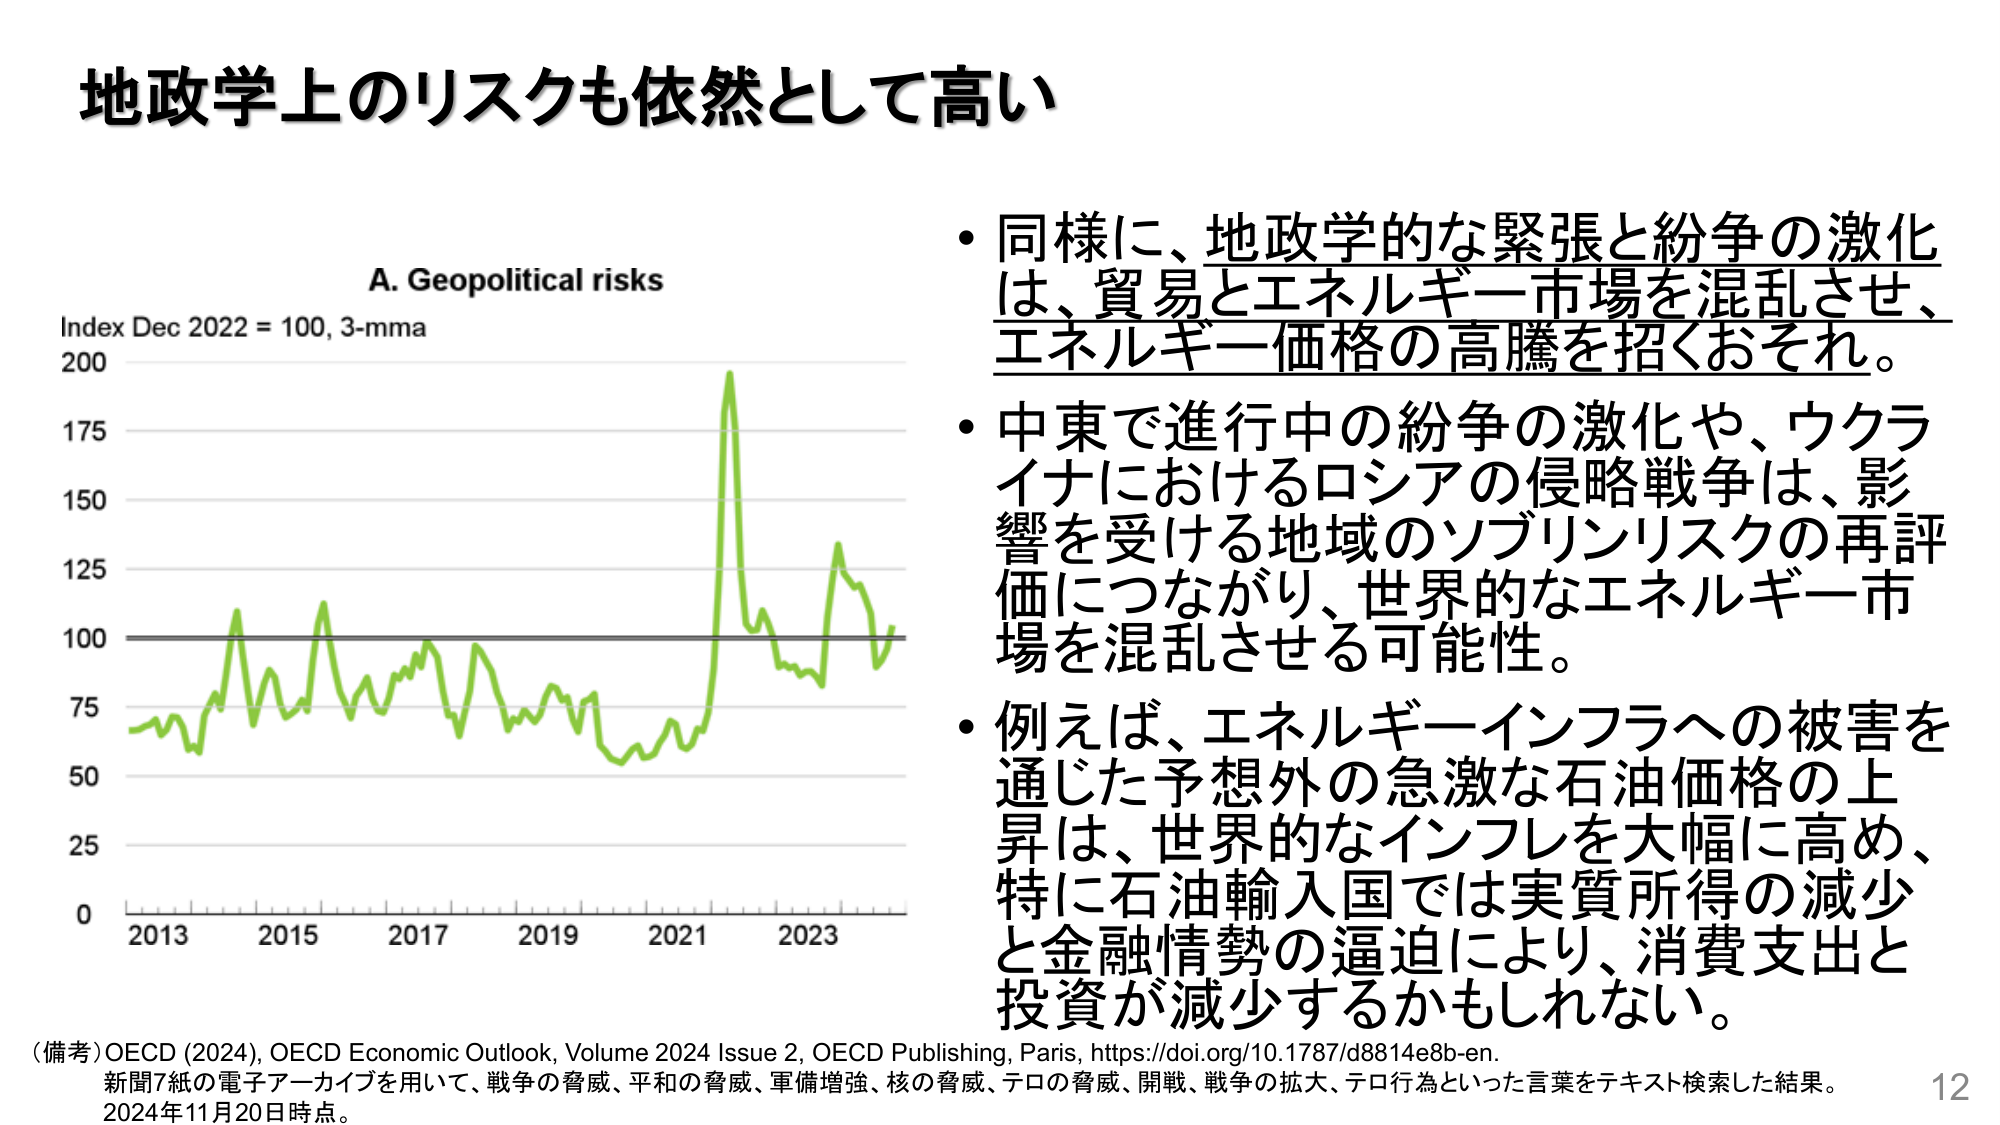
地政学上のリスクも依然として高い

A. Geopolitical risks
Index Dec 2022 = 100, 3-mma
200
175
150
125
100
75
50
25
0
2013 2015 2017 2019 2021 2023

・同様に、地政学的な緊張と紛争の激化は、貿易とエネルギー市場を混乱させ、エネルギー価格の高騰を招くおそれ。
・中東で進行中の紛争の激化や、ウクライナにおけるロシアの侵略戦争は、影響を受ける地域のソブリンリスクの再評価につながり、世界的なエネルギー市場を混乱させる可能性。
・例えば、エネルギーインフラへの被害を通じた予想外の急激な石油価格の上昇は、世界的なインフレを大幅に高め、特に石油輸入国では実質所得の減少と金融情勢の逼迫により、消費支出と投資が減少するかもしれない。

（備考）OECD (2024), OECD Economic Outlook, Volume 2024 Issue 2, OECD Publishing, Paris, https://doi.org/10.1787/d8814e8b-en.
新聞7紙の電子アーカイブを用いて、戦争の脅威、平和の脅威、軍備増強、核の脅威、テロの脅威、開戦、戦争の拡大、テロ行為といった言葉をテキスト検索した結果。
2024年11月20日時点。

12